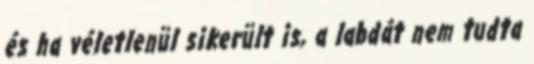
és ha véletlenül sikerült is, a labdát nem tudta